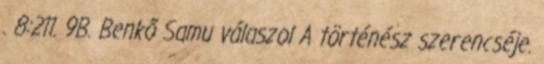
. 8:211. 9B. Benkő Samu válaszol A történész szerencséje.